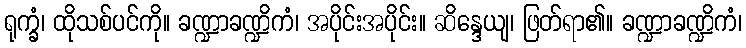
ရုက္ခံ၊ ထိုသစ်ပင်ကို။ ခဏ္ဍာခဏ္ဍိကံ၊ အပိုင်းအပိုင်း။ ဆိန္ဒေယျ၊ ဖြတ်ရာ၏။ ခဏ္ဍာခဏ္ဍိကံ၊